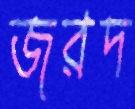
জরদ